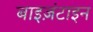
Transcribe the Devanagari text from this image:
बाइज़ंटाइन